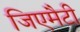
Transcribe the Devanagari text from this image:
जिएमैटी